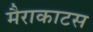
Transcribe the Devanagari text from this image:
मैराकाटस